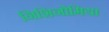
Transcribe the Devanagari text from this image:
निशिनोमिया